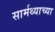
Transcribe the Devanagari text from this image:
सार्मथ्याच्या